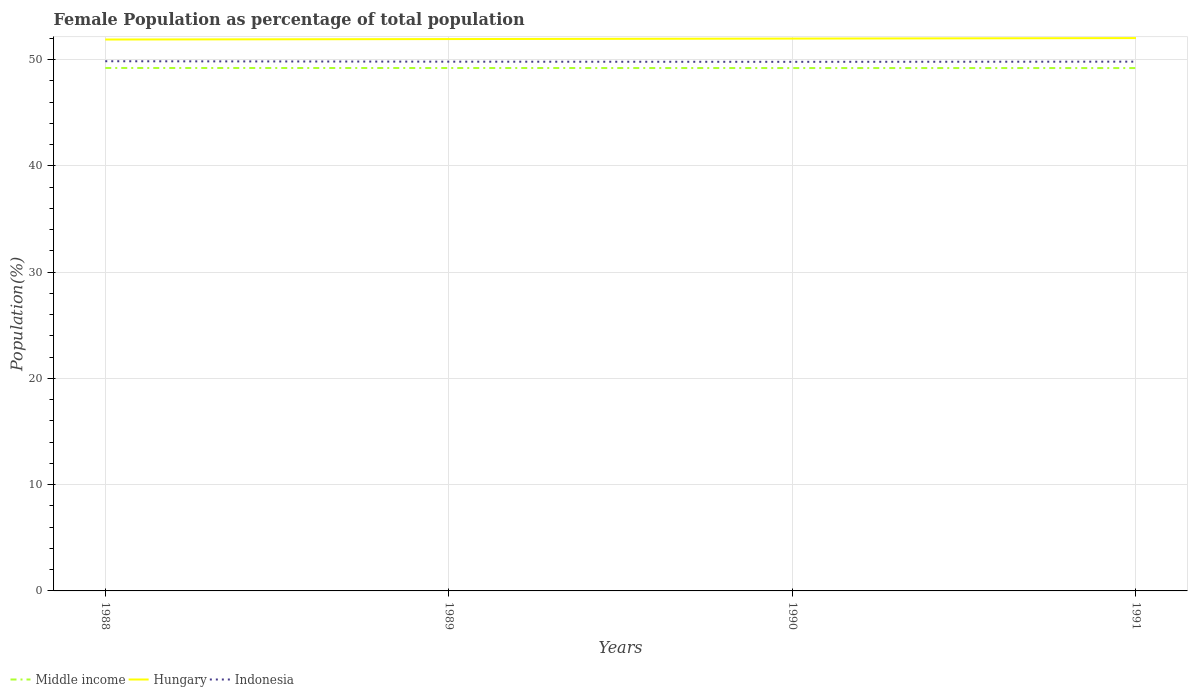
| Years | Middle income | Hungary | Indonesia |
 | --- | --- | --- | --- |
 | 1988 | 49.2 | 51.9 | 49.8 |
 | 1989 | 49.2 | 51.9 | 49.8 |
 | 1990 | 49.2 | 52 | 49.8 |
 | 1991 | 49.2 | 52 | 49.8 |